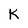
Character: K